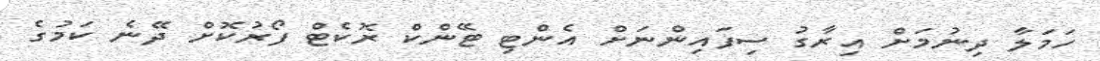
ހަމަލާ ދިނުމަށް އިރާގު ސިފައިންނަށް އެންޓި ޓޭންކް ރޮކެޓް ފޯރުކޮށް ދޭނެ ކަމުގެ